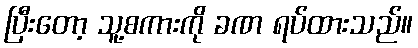
ပြီးတော့ သူ့စကားကို ခဏ ရပ်ထားသည်။